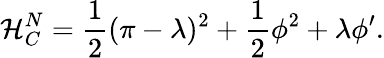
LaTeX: {\cal{H}}_{C}^{N}=\frac{1}{2}(\pi-\lambda)^{2}+\frac{1}{2}\phi^{2}+\lambda\phi^{\prime}.